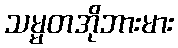
သမ္မတအိုဘားမား